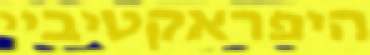
היפראקטיביי